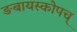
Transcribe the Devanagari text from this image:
ङबायस्कोपच्